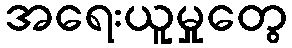
အရေးယူမှုတွေ